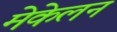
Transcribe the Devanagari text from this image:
मेकेलन